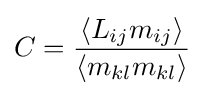
C={\frac {\left\langle L_{ij}m_{ij}\right\rangle }{\left\langle m_{kl}m_{kl}\right\rangle }}